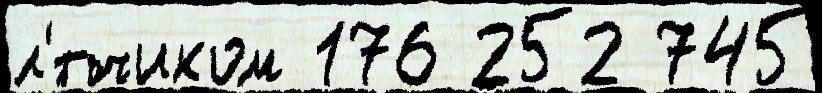
л'́тчиком 176 252 745